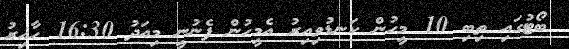
ބޯޓުގައި ތިބި 10 މީހުން ކަނޑުވިއިރު އެމީހުން ފެނުނީ މިއަދު 16:30 ހާއިރު